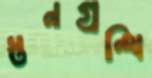
স্তনগ্রন্থি